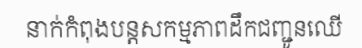
នាក់កំពុងបន្តសកម្មភាពដឹកជញ្ជូនឈើ